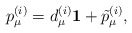
\begin{align*}p_{\mu}^{(i)}=d_{\mu}^{(i)}{\bf 1} +\tilde{p}_{\mu}^{(i)},\end{align*}